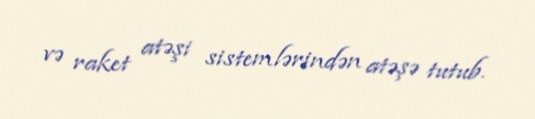
və raket atəşi sistemlərindən atəşə tutub.